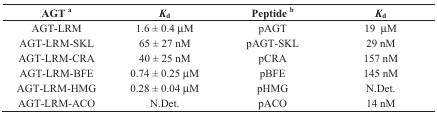
<table><thead><tr><td><b>AGT <sup>a</sup></b></td><td><b><i>K</i><sub>d</sub></b></td><td><b>Peptide <sup>b</sup></b></td><td><b><i>K</i><sub>d</sub></b></td></tr></thead><tbody><tr><td>AGT-LRM</td><td>1.6 ± 0.4 μM</td><td>pAGT</td><td>19 μM</td></tr><tr><td>AGT-LRM-SKL</td><td>65 ± 27 nM</td><td>pAGT-SKL</td><td>29 nM</td></tr><tr><td>AGT-LRM-CRA</td><td>40 ± 25 nM</td><td>pCRA</td><td>157 nM</td></tr><tr><td>AGT-LRM-BFE</td><td>0.74 ± 0.25 μM</td><td>pBFE</td><td>145 nM</td></tr><tr><td>AGT-LRM-HMG</td><td>0.28 ± 0.04 μM</td><td>pHMG</td><td>N.Det.</td></tr><tr><td>AGT-LRM-ACO</td><td>N.Det.</td><td>pACO</td><td>14 nM</td></tr></tbody></table>